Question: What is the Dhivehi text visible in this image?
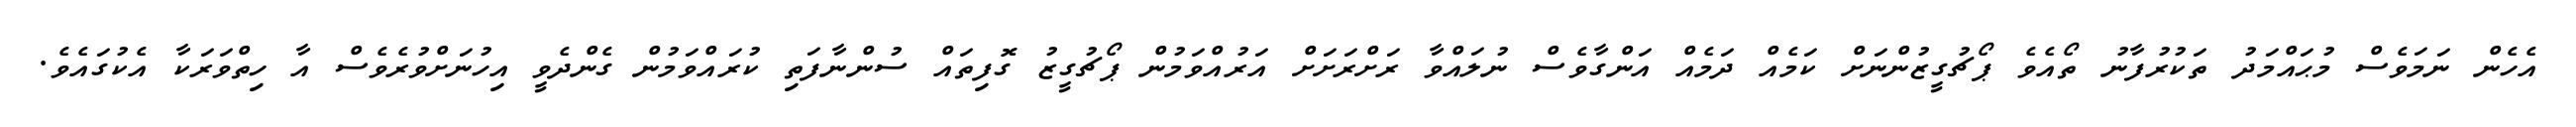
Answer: އެހެން ނަމަވެސް މުޙައްމަދު ތަކުރުފާނު ތޯއެވެ ޕޯޗުގީޒުންނަށް ކަމެއް ދަމެއް އަންގާވެސް ނުލައްވާ ރަށްރަށަށް އަރުއްވަމުން ޕޯޗުގީޒު ގޮފިތައް ސުންނާފަތި ކުރައްވަމުން ގެންދެވީ އިހުނަށްވުރެވެސް އާ ހިތްވަރަކާ އެކުގައެވެ.